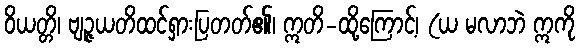
ဝိယတ္တိ၊ ဗျဉ္ဇယတိထင်ရှားပြတတ်၏၊ ဣတိ-ထို့ကြောင့်၊ (ယ မလာဘဲ ဣကို